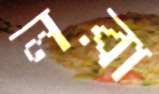
লরা